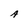
Character: A